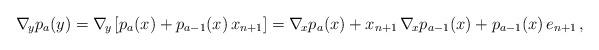
LaTeX: \begin{align*} \nabla_{\!y}p_a(y)=\nabla_{\!y}\left[ p_a(x)+p_{a-1}(x)\,x_{n+1}\right]=\nabla_{\!x}p_a(x)+x_{n+1}\,\nabla_{\!x}p_{a-1}(x)+p_{a-1}(x)\,e_{n+1} \,,\end{align*}